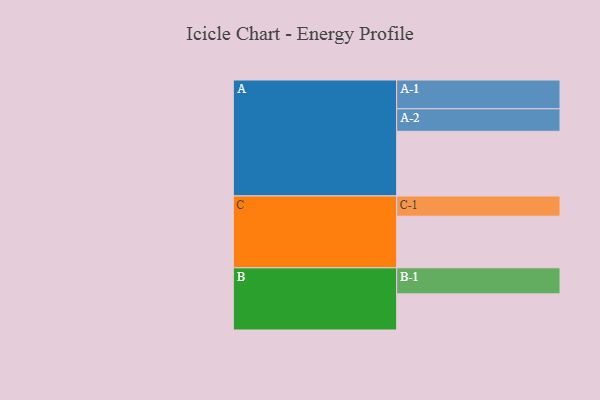
{"axis": {"x": "Segment", "y": "Value"}, "legend": ["", "A", "B", "C"], "data": [{"x": "A", "y": 598, "type": ""}, {"x": "B", "y": 334, "type": ""}, {"x": "C", "y": 477, "type": ""}, {"x": "A-1", "y": 266, "type": "A"}, {"x": "A-2", "y": 208, "type": "A"}, {"x": "B-1", "y": 241, "type": "B"}, {"x": "C-1", "y": 187, "type": "C"}]}